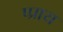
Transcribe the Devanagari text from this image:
प्प्राय